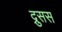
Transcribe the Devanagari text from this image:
द्रुसस